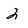
Character: 2